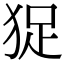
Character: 㹱